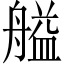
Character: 艗